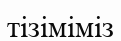
тізіміміз